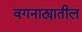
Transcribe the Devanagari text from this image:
वगनाट्यातील